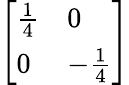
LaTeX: \left[\begin{array}{ll}{{\frac{1}{4}}}&{0}\\ {0}&{-{\frac{1}{4}}}\end{array}\right]